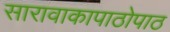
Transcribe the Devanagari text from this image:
सारावाकापाठोपाठ